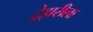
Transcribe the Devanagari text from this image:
ट्रेझरीला